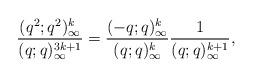
LaTeX: \begin{align*}\frac{(q^2;q^2)_\infty^k}{(q;q)_\infty^{3k+1}}=\frac{(-q;q)_\infty^k}{(q;q)_\infty^k}\frac{1}{(q;q)_\infty^{k+1}},\end{align*}